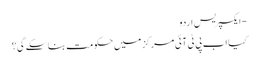
- ایکسپریس اردو
کیا اب پی ٹی آئی مرکز میں حکومت بنا سکے گی؟